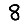
Digit: 8